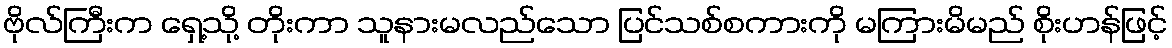
ဗိုလ်ကြီးက ရှေ့သို့ တိုးကာ သူနားမလည်သော ပြင်သစ်စကားကို မကြားမိမည် စိုးဟန်ဖြင့်